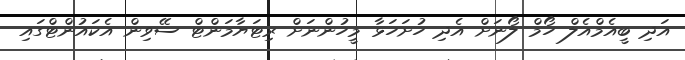
އަދި ބީއެމްއެލް ހޯމް ލޯނަށް އެދި ހުށަހަޅާ މީހުންނަށް ރިޓަޔާމަންޓް ސޭވިން އެކައުންޓްގައި